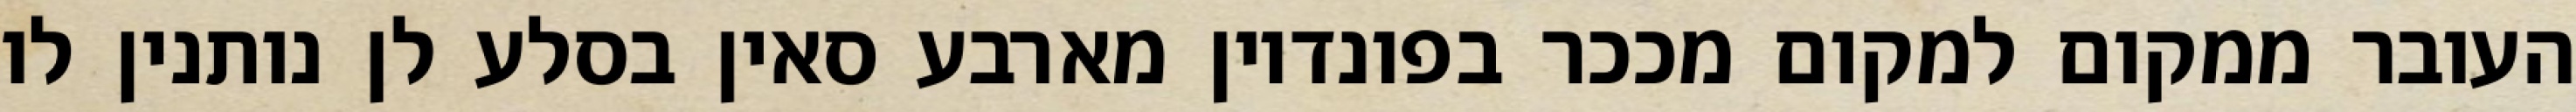
העובר ממקום למקום מככר בפונדיון מארבע סאין בסלע לן נותנין לו